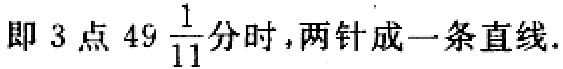
即 \(3\) 点 \(49\frac{1}{11}\) 分时，两针成一条直线.